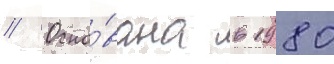
// Осно́вана в 1980